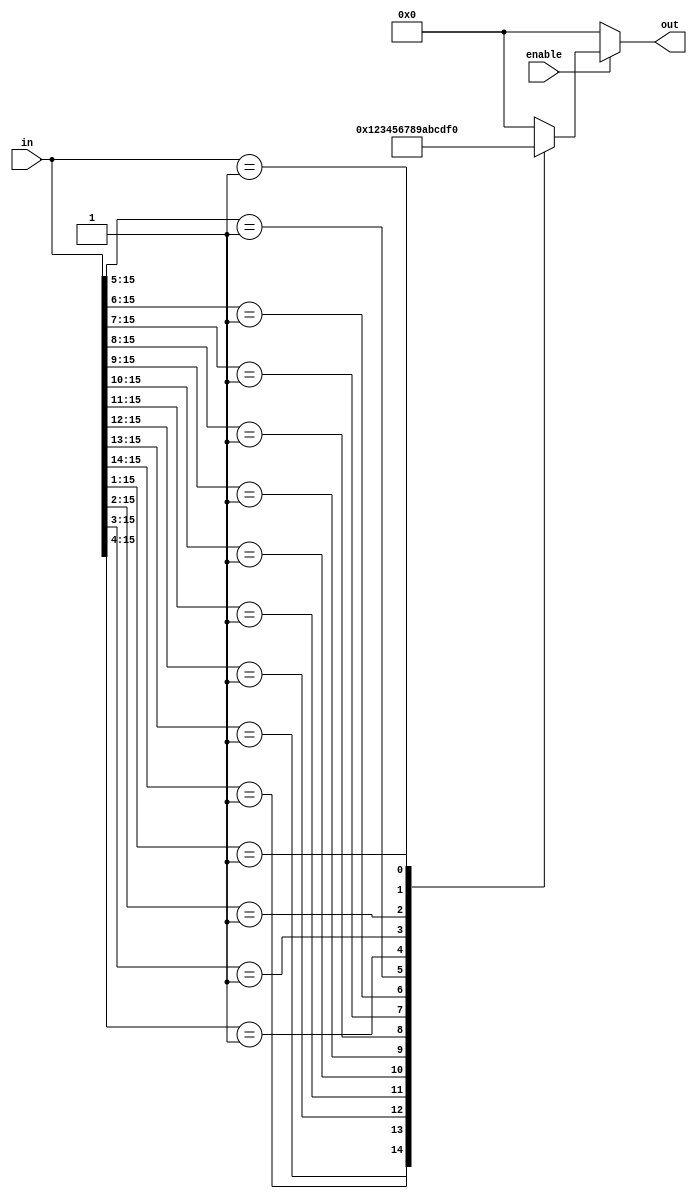
module multilevel_encoder (
    input wire [15:0] in,      // 16 input lines
    input wire enable,         // Enable signal
    output reg [3:0] out       // 4-bit output
);

    always @(*) begin
        if (!enable) begin
            out = 4'b0000; // If not enabled, output is 0
        end else begin
            // Priority encoding logic
            casez (in)
                16'b1??????????????? : out = 4'd0; // Input 0 active
                16'b01?????????????? : out = 4'd1; // Input 1 active
                16'b001????????????? : out = 4'd2; // Input 2 active
                16'b0001???????????? : out = 4'd3; // Input 3 active
                16'b00001??????????? : out = 4'd4; // Input 4 active
                16'b000001?????????? : out = 4'd5; // Input 5 active
                16'b0000001????????? : out = 4'd6; // Input 6 active
                16'b00000001???????? : out = 4'd7; // Input 7 active
                16'b000000001??????? : out = 4'd8; // Input 8 active
                16'b0000000001?????? : out = 4'd9; // Input 9 active
                16'b00000000001????? : out = 4'd10; // Input 10 active
                16'b000000000001???? : out = 4'd11; // Input 11 active
                16'b0000000000001??? : out = 4'd12; // Input 12 active
                16'b00000000000001?? : out = 4'd13; // Input 13 active
                16'b000000000000001? : out = 4'd14; // Input 14 active
                16'b0000000000000001 : out = 4'd15; // Input 15 active
                default: out = 4'b0000; // Default case (no input active)
            endcase
        end
    end
endmodule